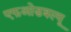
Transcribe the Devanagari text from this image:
एफओडबल्यू